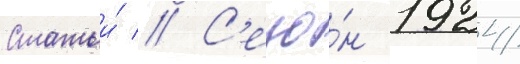
Статьи́ // С'езо́н 1924